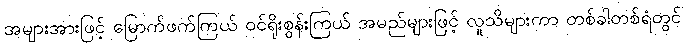
အများအားဖြင့် မြောက်ဖက်ကြယ် ဝင်ရိုးစွန်းကြယ် အမည်များဖြင့် လူသိများကာ တစ်ခါတစ်ရံတွင်